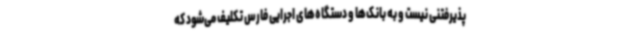
پذیرفتنی نیست و به بانک‌ها و دستگاه‌های اجرایی فارس تکلیف می‌شود که